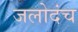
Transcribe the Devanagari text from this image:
जलोदंच